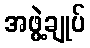
အဖွဲ့ချုပ်